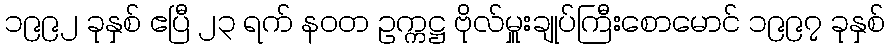
၁၉၉၂ ခုနှစ် ဧပြီ ၂၃ ရက် နဝတ ဥက္ကဋ္ဌ ဗိုလ်မှူးချုပ်ကြီးစောမောင် ၁၉၉၇ ခုနှစ်